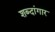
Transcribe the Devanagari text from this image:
शब्दांगार